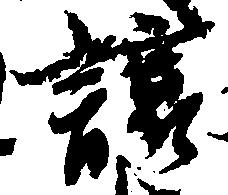
譲